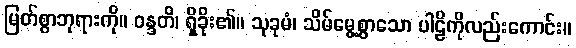
မြတ်စွာဘုရားကို။ ဝန္ဒတိ၊ ရှိခိုး၏။ သုခုမံ၊ သိမ်မွေ့စွာသော ပါဠိကိုလည်းကောင်း။